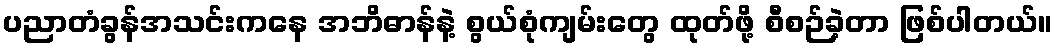
ပညာတံခွန်အသင်းကနေ အဘိဓာန်နဲ့ စွယ်စုံကျမ်းတွေ ထုတ်ဖို့ စီစဉ်ခဲ့တာ ဖြစ်ပါတယ်။